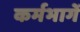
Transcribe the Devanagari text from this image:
कर्मभागें